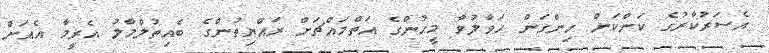
އެސަރުކާރުގެ ކަންކަން ހިންގަން ހަވާލުވާ މީހުންގެ އަތްމައްޗަށް ރައްޔިތުންގެ ބެއިތުލްމާލު އެރީމާ އެއަށް